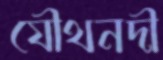
যৌথনদী